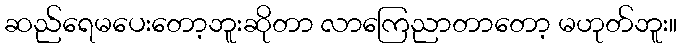
ဆည်ရေမပေးတော့ဘူးဆိုတာ လာကြေညာတာတော့ မဟုတ်ဘူး။